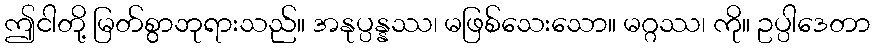
ဤငါတို့ မြတ်စွာဘုရားသည်။ အနုပ္ပန္နဿ၊ မဖြစ်သေးသော။ မဂ္ဂဿ၊ ကို။ ဥပ္ပါဒေတာ